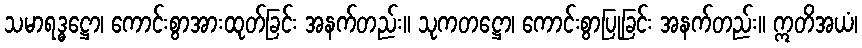
သမာရဒ္ဓဋ္ဌော၊ ကောင်းစွာအားထုတ်ခြင်း အနက်တည်း။ သုကတဋ္ဌော၊ ကောင်းစွာပြုခြင်း အနက်တည်း။ ဣတိအယံ၊